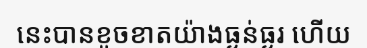
នេះបានខូចខាតយ៉ាងធ្ងន់ធ្ងរ ហើយ